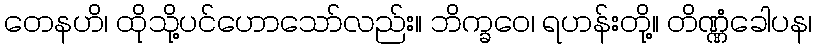
တေနဟိ၊ ထိုသို့ပင်ဟောသော်လည်း။ ဘိက္ခဝေ၊ ရဟန်းတို့။ တိဏ္ဏံခေါပန၊